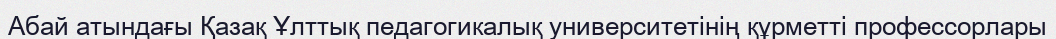
Абай атындағы Қазақ Ұлттық педагогикалық университетінің құрметті профессорлары